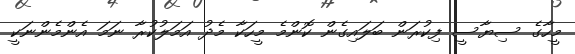
މީހާގެ ސިޔާސީ ފިކުރަން ބަލައިގެން ކޮންމެ މީހަކާ މެދު އަމަލުކުރާ ނަމަ އެންމެންނަކީ